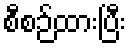
စီစဉ်ထားပြီး